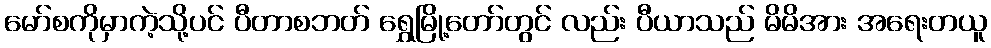
မော်စကိုမှာကဲ့သို့ပင် ပီတာစဘတ် ရွှေမြို့တော်တွင် လည်း ပီယာသည် မိမိအား အရေးတယူ